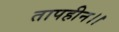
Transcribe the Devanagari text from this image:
तापहीन।।